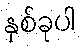
နှစ်ခုပါ